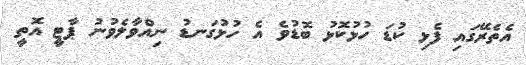
އެތެރޭގައި ފެޅި ކުޑަ ހުޅުކޮޅު ބޮޑުވެ އެ ހުޅުގަނޑު ނިއްވާލެވުނު ޕާޓީ އޮތީ